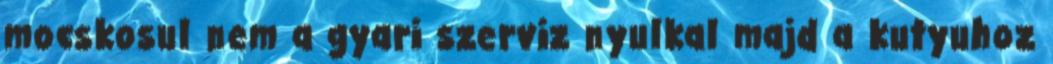
mocskosul nem a gyari szerviz nyulkal majd a kutyuhoz